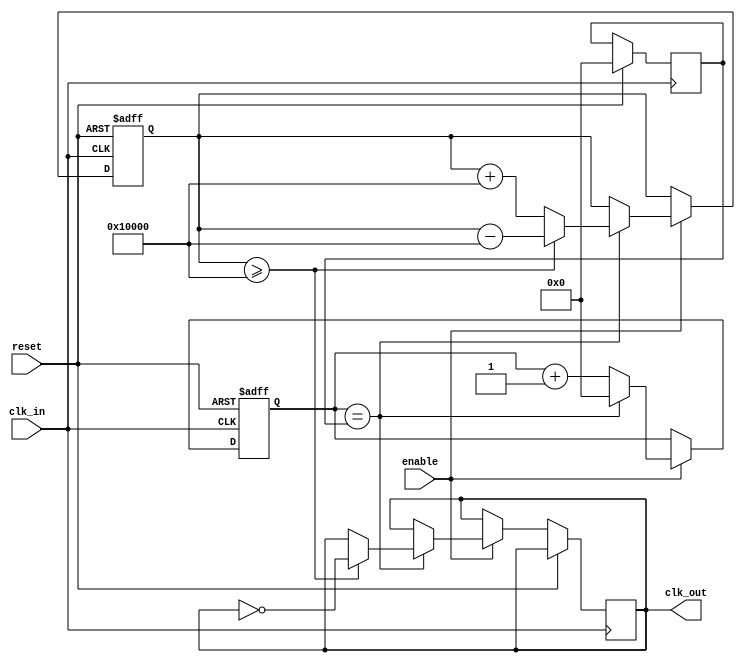
module fractional_clock_divider (
    input wire clk_in,
    input wire reset,
    input wire enable,
    output reg clk_out
);

reg [15:0] counter;
reg [15:0] divider_value;
reg [31:0] accumulator;
reg [31:0] fractional_value = 65536; // Fractional value for dividing by 1.0

always @(posedge clk_in or posedge reset) begin
    if (reset) begin
        counter <= 0;
        accumulator <= 0;
    end else if (enable) begin
        counter <= counter + 1;
        if (counter == divider_value) begin
            counter <= 0;
            accumulator <= accumulator + fractional_value;
            if (accumulator >= 65536) begin
                accumulator <= accumulator - 65536;
                clk_out <= ~clk_out;
            end
        end
    end
end

always @(posedge clk_in) begin
    if (reset) begin
        divider_value <= 0;
    end else if (enable) begin
        // Logic to calculate divider_value based on desired output frequency
    end
end

endmodule